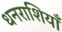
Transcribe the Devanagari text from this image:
धनराशियाँ